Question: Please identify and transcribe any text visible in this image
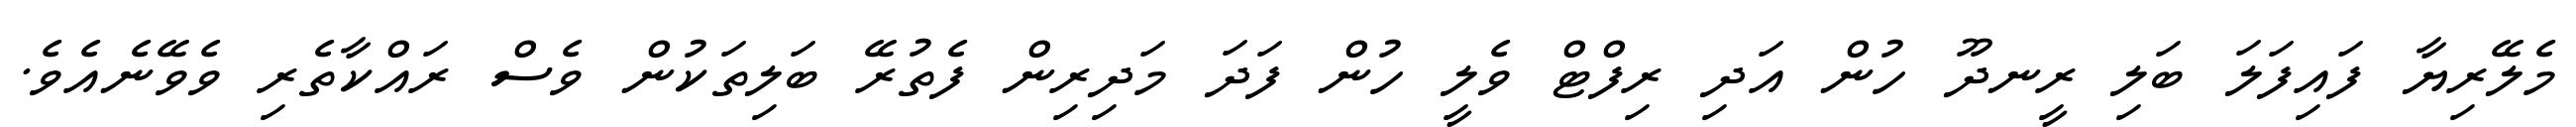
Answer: މެލޭރިޔާ ފައިފަލަ ބަލި ރީނދޫ ހުން އަދި ރިފްޓް ވެލީ ހުން ފަދަ މަދިރިން ފެތުރޭ ބަލިތަކުން ވެސް ރައްކާތެރި ވެވޭނެއެވެ.